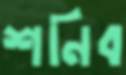
শনিব